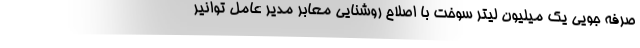
صرفه جویی یک میلیون لیتر سوخت با اصلاح روشنایی معابر مدیر عامل توانیر